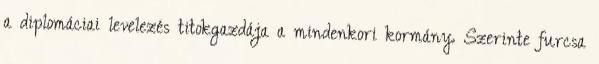
a diplomáciai levelezés titokgazdája a mindenkori kormány. Szerinte furcsa